Leaving Certificate Examination (including Day School Certificate (Higher) General paper), 1934
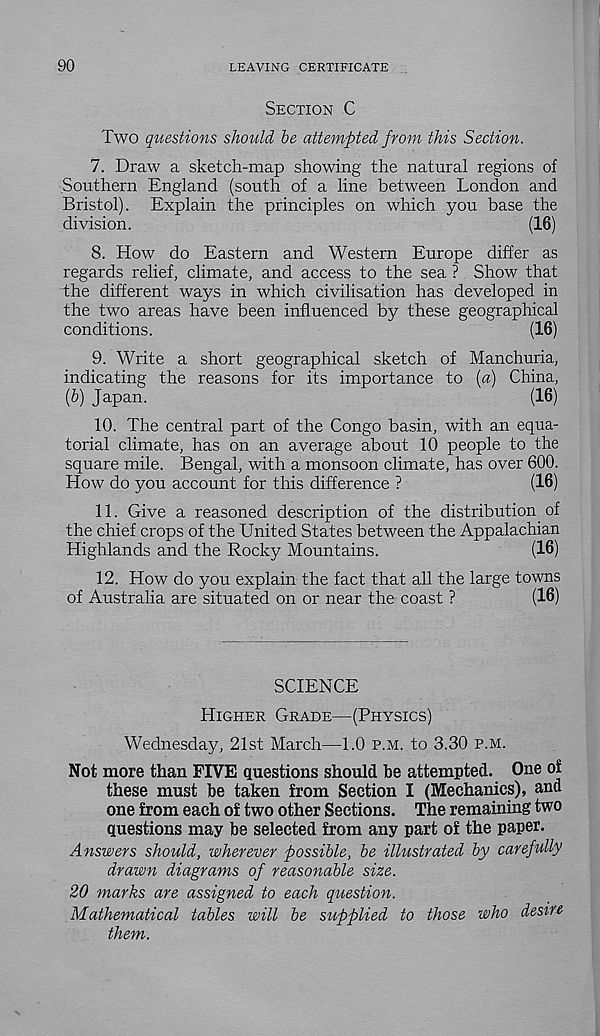
90
LEAVING CERTIFICATE
Section C
Two questions should be attempted from this Section.
7. Draw a sketch-map showing the natural regions of
Southern England (south of a line between London and
Bristol). Explain the principles on which you base the
division.
(16)
8. How do Eastern and Western Europe differ as
regards relief, climate, and access to the sea ? Show that
the different ways in which civilisation has developed in
the two areas have been influenced by these geographical
conditions.
(16)
9. Write a short geographical sketch of Manchuria,
indicating the reasons for its importance to [a) China,
(5) Japan.
(16)
10. The central part of the Congo basin, with an equa-
torial climate, has on an average about 10 people to the
square mile. Bengal, with a monsoon climate, has over 600.
How do you account for this difference ?
(16)
11. Give a reasoned description of the distribution of
the chief crops of the United States between the Appalachian
Highlands and the Rocky Mountains.
(16)
12. How do you explain the fact that all the large towns
of Australia are situated on or near the coast ?
(16)
SCIENCE
Higher Grade—(Physics)
Wednesday, 21st March—1.0 p.m. to 3.30 p.m.
Not more than FIVE questions should be attempted. One of
these must be taken from Section I (Mechanics), and
one from each of two other Sections. The remaining two
questions may be selected from any part of the paper.
Answers should, wherever possible, be illustrated by carefully
drawn diagrams of reasonable size.
20 marks are assigned to each question.
Mathematical tables will be supplied to those who desire
them.